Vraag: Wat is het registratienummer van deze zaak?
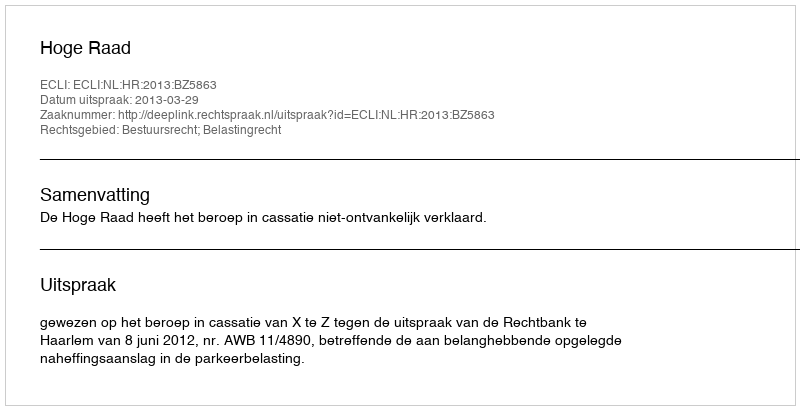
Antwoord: http://deeplink.rechtspraak.nl/uitspraak?id=ECLI:NL:HR:2013:BZ5863